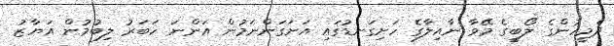
ދެމީހުންގެ ލޯބީގެ މޭވާ ނާއިލާގެ ހަށިގަނޑުގައި އަށަގަންނަމުން އަންނަ ހަބަރު ލިބުމުން އަޔާޒު